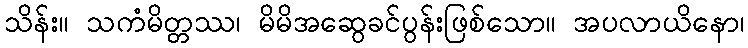
သိန်း။ သကံမိတ္တဿ၊ မိမိအဆွေခင်ပွန်းဖြစ်သော။ အပလာယိနော၊